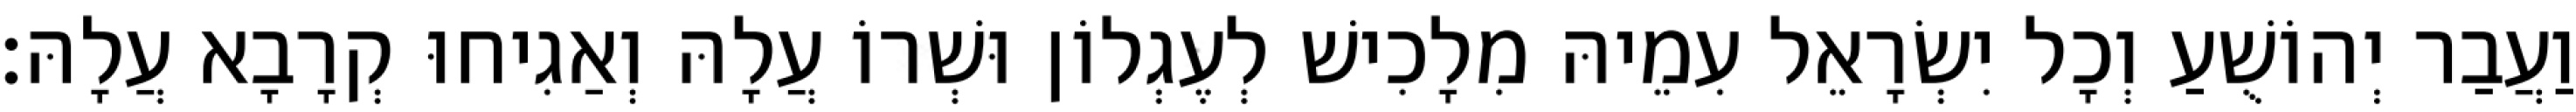
וַעֲבַר יְהוֹשֻׁעַ וְכָל יִשְׂרָאֵל עִמֵיהּ מִלָכִישׁ לְעֶגְלוֹן וּשְׁרוֹ עֲלָהּ וְאַגִיחוּ קְרָבָא עֲלָהּ׃